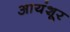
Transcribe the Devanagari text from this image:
आयंशूर